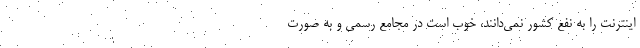
اینترنت را به نفع کشور نمی‌دانند، خوب است در مجامع رسمی و به صورت